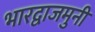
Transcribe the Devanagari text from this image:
भारद्वाजमुनी